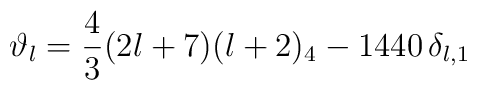
\vartheta_l = \frac{4}{3} (2l+7)(l+2)_4 - 1440 \, \delta_{l,1}